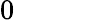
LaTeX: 0\hphantom{.00000}